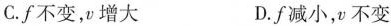
C.f不变，增大 D.f减小，v不变